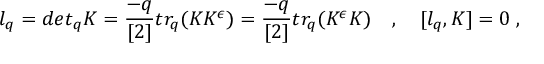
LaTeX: l _ { q } = d e t _ { q } K = \frac { - q } { [ 2 ] } t r _ { q } ( K K ^ { \epsilon } ) = \frac { - q } { [ 2 ] } t r _ { q } ( K ^ { \epsilon } K ) \quad , \quad [ l _ { q } , K ] = 0 \; ,